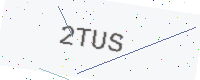
Text: 2TUS